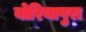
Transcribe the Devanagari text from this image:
बोरियापुरा